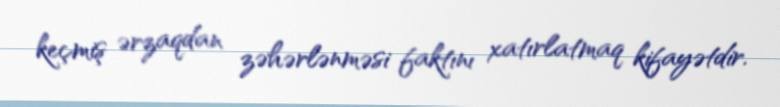
keçmiş ərzaqdan zəhərlənməsi faktını xatırlatmaq kifayətdir.